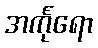
အင်္ကုရော